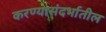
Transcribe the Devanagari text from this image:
करण्यासंदर्भातील